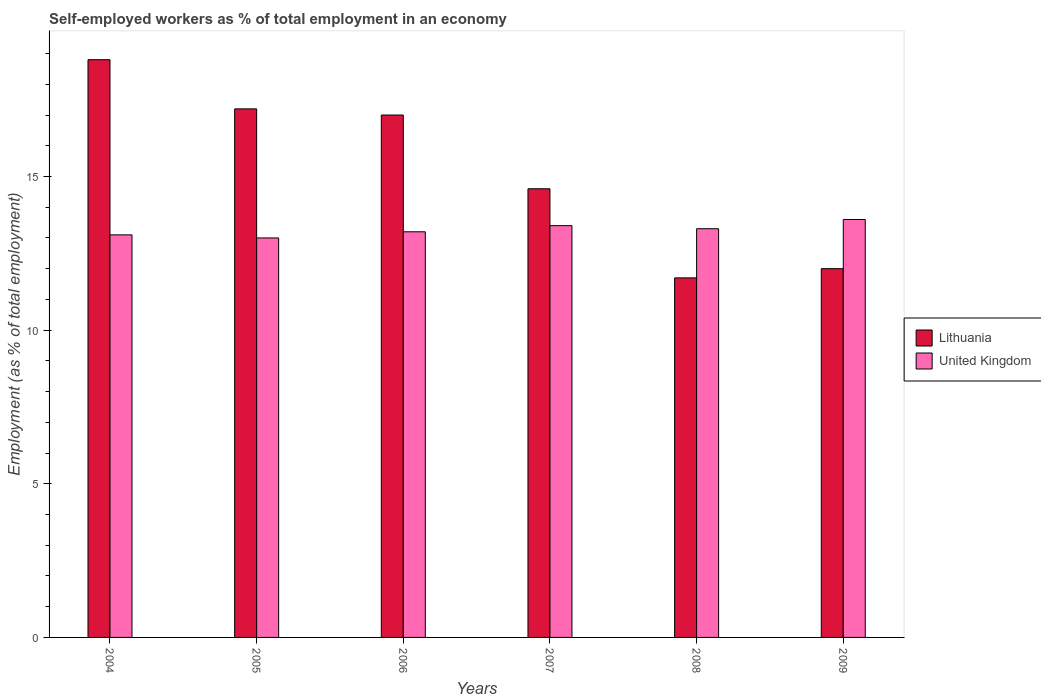
| Years | Lithuania | United Kingdom |
 | --- | --- | --- |
 | 2004 | 18.8 | 13.1 |
 | 2005 | 17.2 | 13 |
 | 2006 | 17 | 13.2 |
 | 2007 | 14.6 | 13.4 |
 | 2008 | 11.7 | 13.3 |
 | 2009 | 12 | 13.6 |